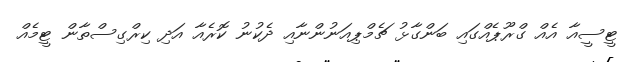
ޓީސީއާ އެއް ގްރޫޕެއްގައި ބަންގާޅު ޗެމްޕިއަނުންނާއި ދެކުނު ކޮރެއާ އަދި ކިރްގިސްތާން ޓީމެއް